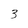
Character: 3